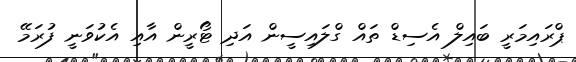
ޕްރައިމަރީ ބައިލް އެސިޑް ތައް ގްލައިސީން އަދި ޓޯރީން އާއި އެކުވަނީ ފުރަމޭ